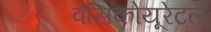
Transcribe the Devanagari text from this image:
वेसिकोयूरेटल